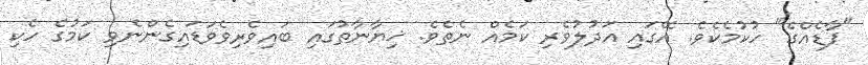
"ފާޑެއްގެ" ހުކުމެކެވެ. އޭގައި އަދުލުވެރި ކަމެއް ނެތެވެ. ޚިޔާނާތުގައި ބައިވެރިވެވަޑައިގެންނެވި ކަމުގެ ހެކި